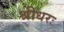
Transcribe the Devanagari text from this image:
श्रीधरः